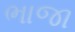
ભાજા